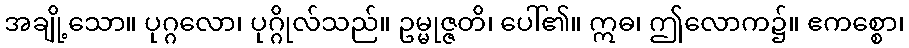
အချို့သော။ ပုဂ္ဂလော၊ ပုဂ္ဂိုလ်သည်။ ဥမ္မုဇ္ဇတိ၊ ပေါ်၏။ ဣဓ၊ ဤလောက၌။ ဧကစ္စော၊